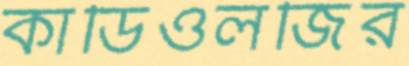
কার্ডিওলজির